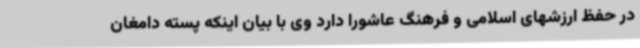
در حفظ ارزشهای اسلامی و فرهنگ عاشورا دارد وی با بیان اینکه پسته دامغان